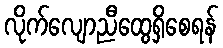
လိုက်လျောညီထွေရှိစေရန်